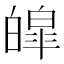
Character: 皡